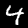
Digit: 4